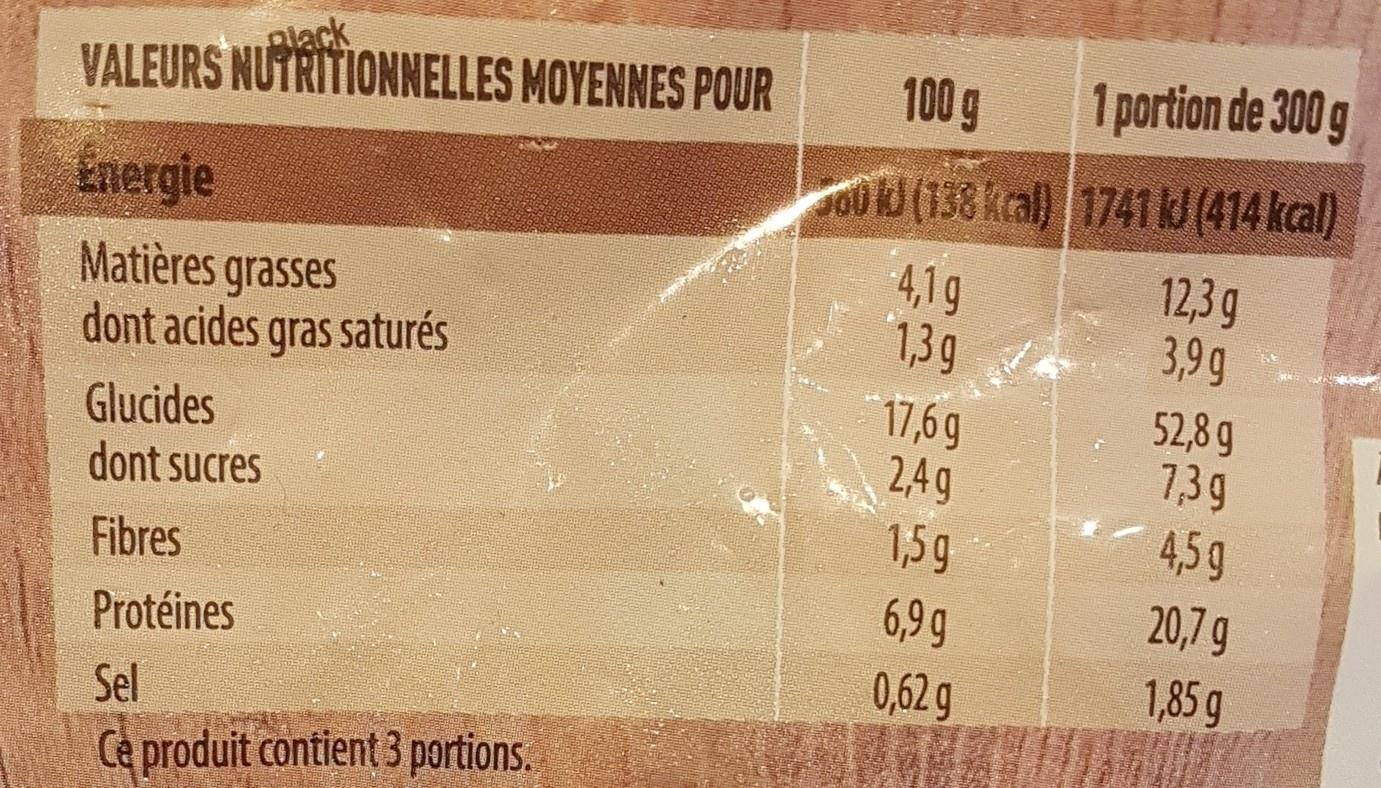
Black VALEURS NUTRITIONNELLES MOYENNES POUR
100 g
1 portion de 300 g
Energie
OU (138 kcal) 1741U (414 kcal)
Matières grasses dont acides gras saturés
4,19 1,39
12,3 g 3,9g
Glucides dont sucres
17,6g 2,4g
52,8 g 7,39
1,5g
4,5g
Fibres
6,9g
20,7g
Protéines
0,62g
1,85 g
Sel
Ce produit contient 3 portions.